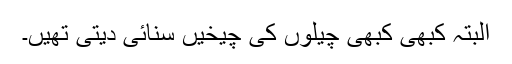
البتہ کبھی کبھی چیلوں کی چیخیں سُنائی دیتی تھیں۔